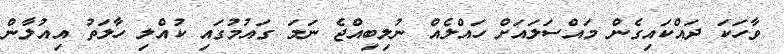
ވާހަކަ ދައްކައިގެން މައްސަލައަށް ހައްލެއް ނުލިބިއްޖެ ނަމަ ގައުމުގައި ކުއްލި ހާލަތު އިއުލާން